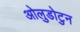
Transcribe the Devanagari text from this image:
ओलुडोटुन